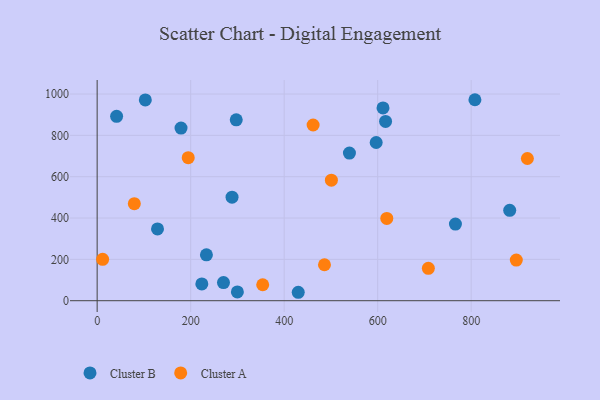
{"axis": {"x": "Price", "y": "Exam Score"}, "legend": ["Cluster A", "Cluster B"], "data": [{"x": "808.0", "y": 972.5, "type": "Cluster B"}, {"x": "103.0", "y": 971.5, "type": "Cluster B"}, {"x": "179.4", "y": 835.3, "type": "Cluster B"}, {"x": "233.7", "y": 221.9, "type": "Cluster B"}, {"x": "882.4", "y": 437.5, "type": "Cluster B"}, {"x": "129.1", "y": 347.5, "type": "Cluster B"}, {"x": "223.9", "y": 81.3, "type": "Cluster B"}, {"x": "616.9", "y": 867.4, "type": "Cluster B"}, {"x": "430.1", "y": 40.8, "type": "Cluster B"}, {"x": "41.6", "y": 892.4, "type": "Cluster B"}, {"x": "297.5", "y": 875.0, "type": "Cluster B"}, {"x": "596.8", "y": 765.5, "type": "Cluster B"}, {"x": "270.2", "y": 87.7, "type": "Cluster B"}, {"x": "539.6", "y": 714.2, "type": "Cluster B"}, {"x": "611.4", "y": 932.7, "type": "Cluster B"}, {"x": "288.5", "y": 500.8, "type": "Cluster B"}, {"x": "299.9", "y": 42.4, "type": "Cluster B"}, {"x": "766.3", "y": 371.0, "type": "Cluster B"}, {"x": "194.8", "y": 692.2, "type": "Cluster A"}, {"x": "708.4", "y": 156.9, "type": "Cluster A"}, {"x": "11.7", "y": 200.2, "type": "Cluster A"}, {"x": "896.5", "y": 196.4, "type": "Cluster A"}, {"x": "79.5", "y": 469.5, "type": "Cluster A"}, {"x": "920.2", "y": 688.1, "type": "Cluster A"}, {"x": "461.9", "y": 850.3, "type": "Cluster A"}, {"x": "501.0", "y": 583.4, "type": "Cluster A"}, {"x": "354.1", "y": 77.1, "type": "Cluster A"}, {"x": "619.5", "y": 398.2, "type": "Cluster A"}, {"x": "486.2", "y": 173.9, "type": "Cluster A"}]}